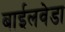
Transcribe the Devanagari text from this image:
बाईलवेडा